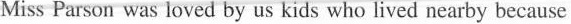
Miss Parson was loved by us kids who lived nearby because